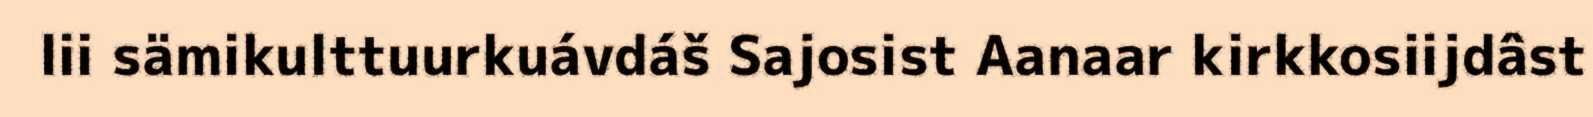
lii sämikulttuurkuávdáš Sajosist Aanaar kirkkosiijdâst